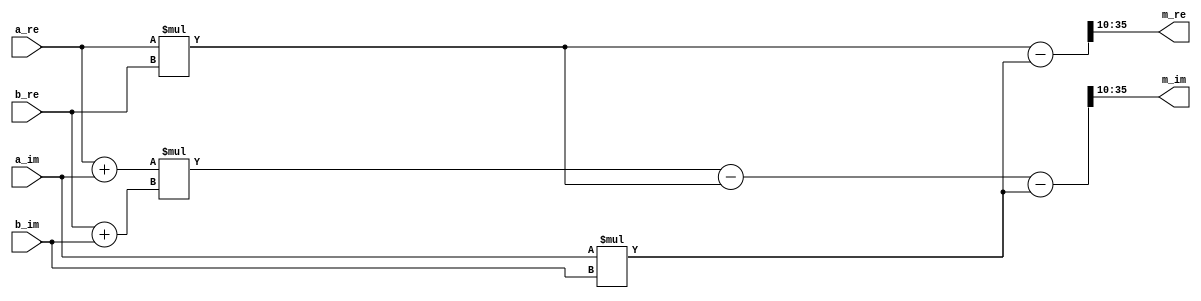
module Multiply #(parameter   WIDTH = 26)
(
    input   signed  [WIDTH-1:0] a_re,
    input   signed  [WIDTH-1:0] a_im,
    input   signed  [WIDTH-1:0] b_re,
    input   signed  [WIDTH-1:0] b_im,
    output  signed  [WIDTH-1:0] m_re,
    output  signed  [WIDTH-1:0] m_im
);

wire signed [WIDTH*2-1:0]   S1, S3,  S2,  S4,  S5,Stemp4,Stemp5;


//  Signed Multiplication
assign  S1 = a_re * b_re;
assign  S3 = (a_re + a_im) * (b_re + b_im);
assign  S2 = a_im * b_im;

assign S4=S1-S2;
assign S5=S3-S1-S2;

assign  m_re = S4 >>> 10 ;
assign  m_im = S5 >>> 10;

endmodule